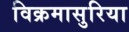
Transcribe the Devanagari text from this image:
विक्रमासुरिया